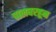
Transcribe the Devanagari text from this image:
पालघरहून